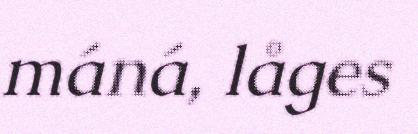
máná, låges